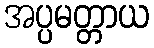
အပ္ပမတ္တာယ